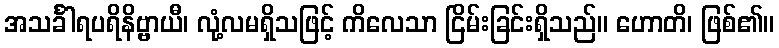
အသင်္ခါရပရိနိဗ္ဗာယီ၊ လုံ့လမရှိသဖြင့် ကိလေသာ ငြိမ်းခြင်းရှိသည်။ ဟောတိ၊ ဖြစ်၏။